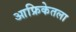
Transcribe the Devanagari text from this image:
आफ्रिकेतला